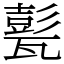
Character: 甏